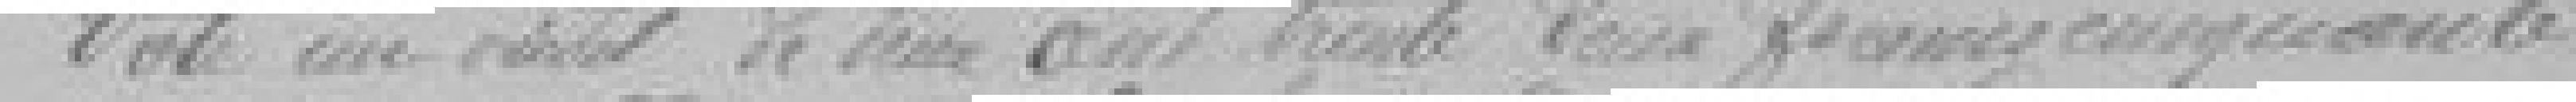
Vote un crédit de deux cent trente deux francs cinquante